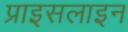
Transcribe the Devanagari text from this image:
प्राइसलाइन